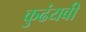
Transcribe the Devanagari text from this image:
कुढंयबी